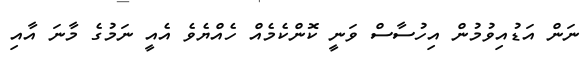
ނަން އަޑުއިވުމުން އިހުސާސް ވަނީ ކޮންކެމެއް ހެއްޔެވެ އެއީ ނަމުގެ މާނަ އާއި